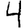
Digit: 4